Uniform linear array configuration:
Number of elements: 8
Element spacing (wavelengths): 0.75
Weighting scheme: exponential
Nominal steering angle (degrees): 45
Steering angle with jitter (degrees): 46.026
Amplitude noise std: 0.05
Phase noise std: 0.05

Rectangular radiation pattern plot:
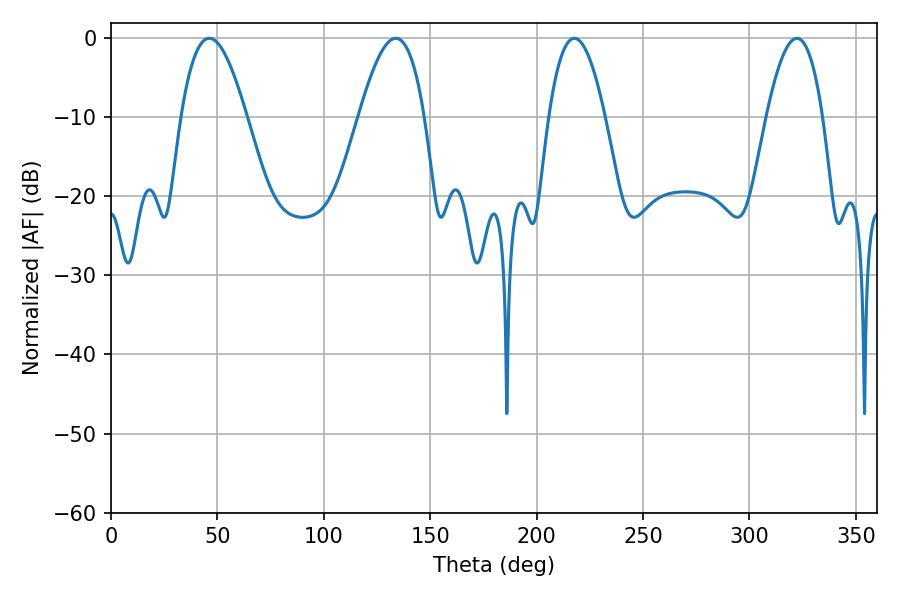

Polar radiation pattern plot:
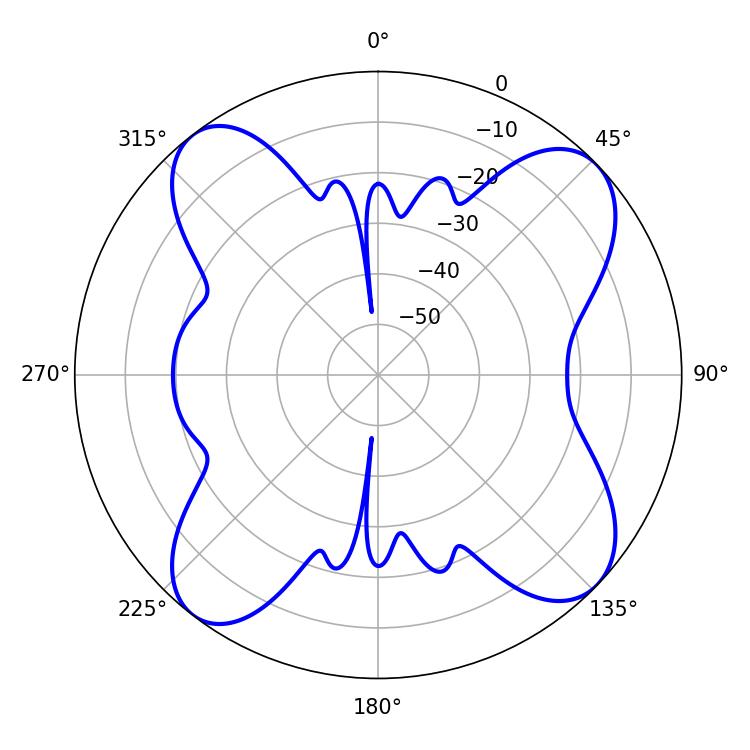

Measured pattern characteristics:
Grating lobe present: TRUE
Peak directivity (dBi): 12.075
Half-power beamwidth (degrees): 16.74
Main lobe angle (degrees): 46.26